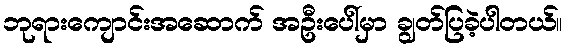
ဘုရားကျောင်းအဆောက် အဦးပေါ်မှာ ချွတ်ပြခဲ့ပါတယ်။